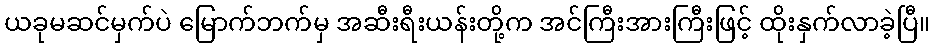
ယခုမဆင်မှက်ပဲ မြောက်ဘက်မှ အဆီးရီးယန်းတို့က အင်ကြီးအားကြီးဖြင့် ထိုးနှက်လာခဲ့ပြီ။